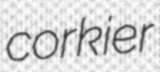
corkier